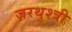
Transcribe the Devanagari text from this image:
ज़रथुश्त्री